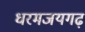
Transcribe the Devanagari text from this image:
धरमजयगढ़